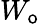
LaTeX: W_{\mathsf{o}}